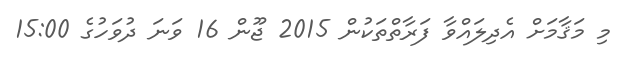
މި މަޤާމަށް އެދިލައްވާ ފަރާތްތަކުން 2015 ޖޫން 16 ވަނަ ދުވަހުގެ 15:00